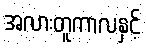
အလားတူကာလနှင့်